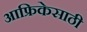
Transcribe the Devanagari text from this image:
आफ्रिकेसाठी